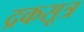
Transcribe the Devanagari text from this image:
द्रकसूत्र